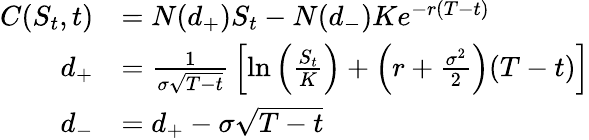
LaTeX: {\begin{array}{rl}{C(S_{t},t)}&{=N(d_{+})S_{t}-N(d_{-})Ke^{-r(T-t)}}\\ {d_{+}}&{={\frac{1}{\sigma{\sqrt{T-t}}}}\left[\ln\left({\frac{S_{t}}{K}}\right)+\left(r+{\frac{\sigma^{2}}{2}}\right)(T-t)\right]}\\ {d_{-}}&{=d_{+}-\sigma{\sqrt{T-t}}}\end{array}}